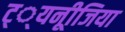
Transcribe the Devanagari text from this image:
ट््यनूीजिया